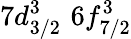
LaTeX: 7d_{3/2}^{3}\, \, 6f_{7/2}^{3}